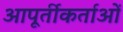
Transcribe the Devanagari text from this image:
आपूर्तीकर्ताओं